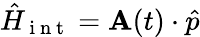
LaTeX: \hat{H}_{\mathrm{~i~n~t~}}=\mathbf{A}(t)\cdot\hat{p}